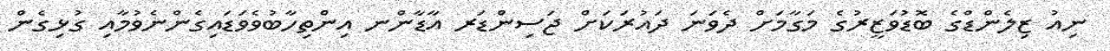
ނިއު ޒިލެންޑްގެ ބޮޑުވަޒީރުގެ މަގާމަށް ދެވަނަ ދައުރަކަށް ޖަސިންޑަރ އާޑާންނ އިންތިހާބުވެވަޑައިގެންނެވުމާއި ގުޅިގެން